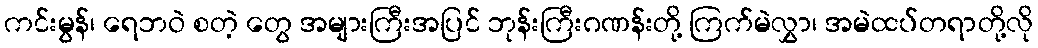
ကင်းမွန်၊ ရေဘဝဲ စတဲ့ တွေ အများကြီးအပြင် ဘုန်းကြီးဂဏန်းတို့ ကြက်မဲလွှာ၊ အမဲထပ်တရာတို့လို